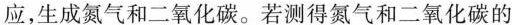
应，生成氮气和二氧化碳。若测得氮气和二氧化碳的